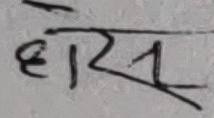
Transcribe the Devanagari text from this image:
हेसु